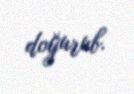
doğurub.